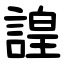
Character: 諻